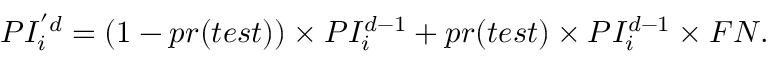
P I _ { i } ^ { ' d } = ( 1 - p r ( t e s t ) ) \times P I _ { i } ^ { d - 1 } + p r ( t e s t ) \times P I _ { i } ^ { d - 1 } \times F N .